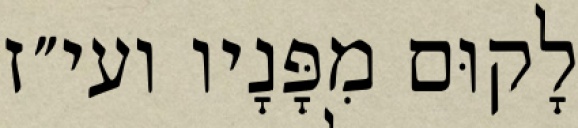
לָקוּם מִפָּנָיו ועי״ז